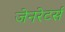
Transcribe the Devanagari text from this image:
जेनरेटर्स